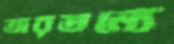
তারতম্যে